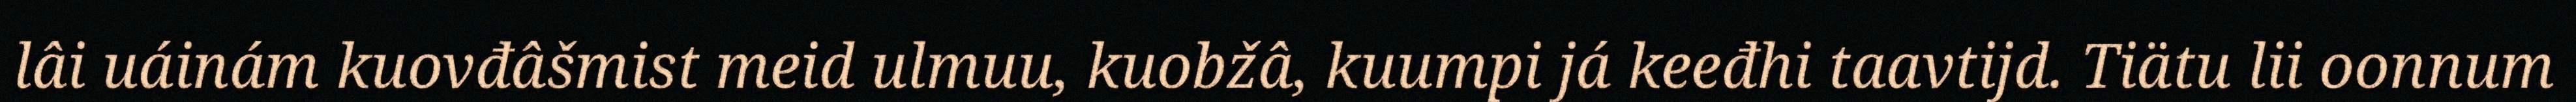
lâi uáinám kuovđâšmist meid ulmuu, kuobžâ, kuumpi já keeđhi taavtijd. Tiätu lii oonnum